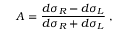
A = \frac { d \sigma _ { R } - d \sigma _ { L } } { d \sigma _ { R } + d \sigma _ { L } } \; ,